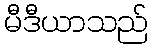
မီဒီယာသည်